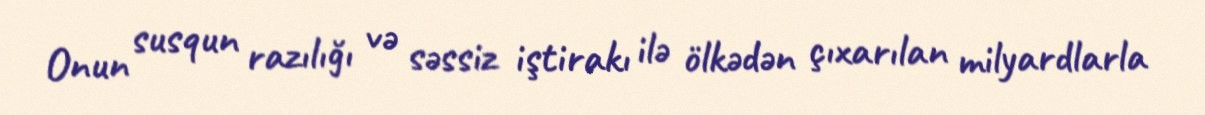
Onun susqun razılığı və səssiz iştirakı ilə ölkədən çıxarılan milyardlarla